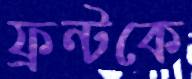
ফ্রন্টকে